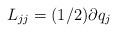
LaTeX: \begin{align*}L_{jj}=(1/2)\partial q_{j} \end{align*}